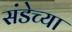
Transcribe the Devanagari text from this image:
संडेच्या